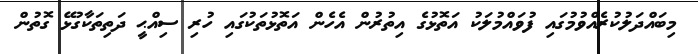
މިބައްދަލުކުރެއްވުމުގައި ފުވައްމުލަކު އަތޮޅުގެ އިތުރުން އެހެން އަތޮޅުތަކުގައި ހުރި ސިއްޙީ ދަތިތަކާގުޅޭ ގޮތުން